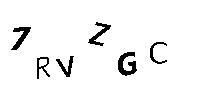
7RVZGC